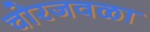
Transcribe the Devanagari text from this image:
चोरजवळा